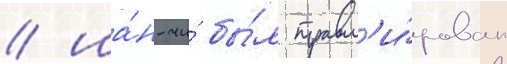
/ ша́н-чи́ бы́л травм'и́рован